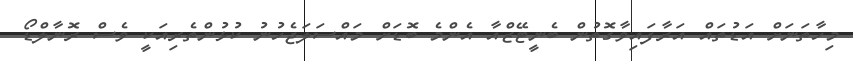
މިހާތަނަށް އަޑުތައް އަރާފައިވާގޮތުން ބެނީޓޭޒްއާ އެންމެ ބޮޑަށް މައްސަލަޖެހުނު ކުޅުންތެރިއަކީ ވެސް ރޮނާލްޑޯ